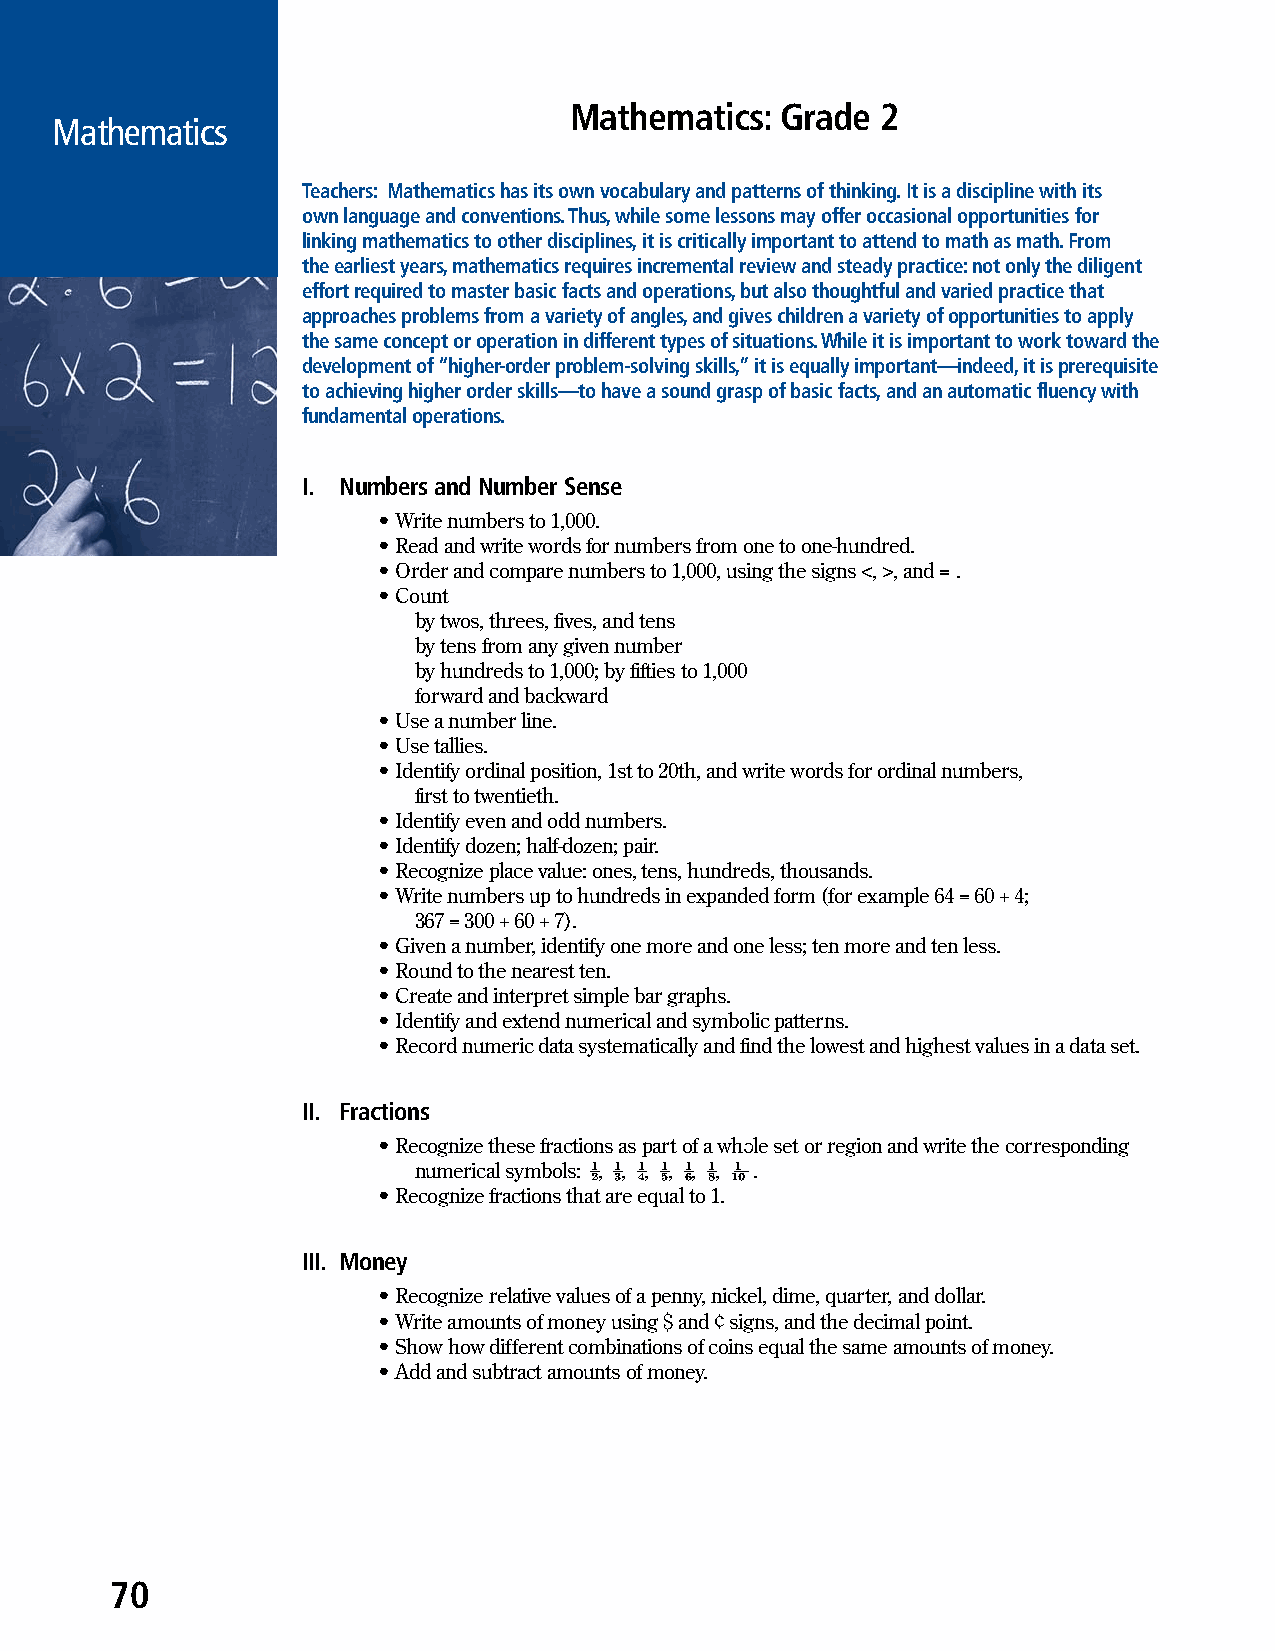
Mathematics:  Grade 2
 Mathematics
 Teachers: Mathematics has its own vocabulary and patterns of thinking. It is a discipline with its
 own language and conventions. Thus, while some lessons may offer occasional opportunities for
 linking mathematics to other disciplines, it is critically important to attend to math as math. From
 the earliest years, mathematics requires incremental review and steady practice: not only the diligent
 effort required to master basic facts and operations, but also thoughtful and varied practice that
 approaches problems from a variety of angles, and gives children a variety of opportunities to apply
 the same concept or operation in different types of situations. While it is important to work toward the
 development of “higher-order problem-solving skills,” it is equally important—indeed, it is prerequisite
 to achieving higher order skills—to have a sound grasp of basic facts, and an automatic fluency with
 fundamental operations.
 I. Numbers and Number Sense
 • Write numbers to 1,000.
 • Read and write words for numbers from one to one-hundred.
 • Order and compare numbers to 1,000, using the signs <, >, and = .
 • Count
 by twos, threes, fives, and tens
 by tens from any given number
 by hundreds to 1,000; by fifties to 1,000
 forward and backward
 • Use a number line.
 • Use tallies.
 • Identify ordinal position, 1st to 20th, and write words for ordinal numbers,
 first to twentieth.
 • Identify even and odd numbers.
 • Identify dozen; half-dozen; pair.
 • Recognize place value: ones, tens, hundreds, thousands.
 • Write numbers up to hundreds in expanded form (for example 64 = 60 + 4;
 367 = 300 + 60 + 7).
 • Given a number, identify one more and one less; ten more and ten less.
 • Round to the nearest ten.
 • Create and interpret simple bar graphs.
 • Identify and extend numerical and symbolic patterns.
 • Record numeric data systematically and find the lowest and highest values in a data set.
 II. Fractions
 • Recognize these fractions as part of a whole set or region and write the corresponding
 numerical symbols: ½, ⅓, ¼, ⅕, ⅙, ⅛, 110 .
 • Recognize fractions that are equal to 1.
 III. Money
 • Recognize relative values of a penny, nickel, dime, quarter, and dollar.
 • Write amounts of money using $ and ¢ signs, and the decimal point.
 • Show how different combinations of coins equal the same amounts of money.
 • Add and subtract amounts of money.
 70